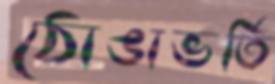
ঠোঙাভর্তি